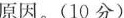
原因。(10分)